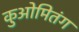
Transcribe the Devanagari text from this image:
कुओमितंग